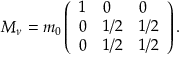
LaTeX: M _ { \nu } = m _ { 0 } \left( \begin{array} { l l l } { { 1 } } & { { 0 } } & { { 0 } } \\ { { 0 } } & { { 1 / 2 } } & { { 1 / 2 } } \\ { { 0 } } & { { 1 / 2 } } & { { 1 / 2 } } \end{array} \right) .